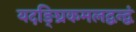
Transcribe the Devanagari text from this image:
यदङ्घ्रिकमलद्वन्द्वं